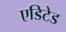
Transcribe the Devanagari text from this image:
एडिटेड